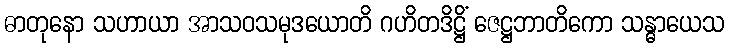
ဓာတုနော သဟာယာ အာသဝသမုဒယောတိ ဂဟိတဒိဋ္ဌိံ ဇေဋ္ဌဘာတိကော သန္ဓာယေသ